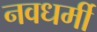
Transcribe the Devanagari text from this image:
नवधर्मी